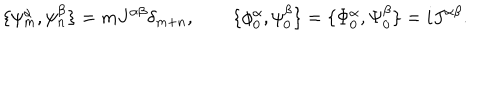
\{ \psi _ { m } ^ { \alpha } , \psi _ { n } ^ { \beta } \} = m J ^ { \alpha \beta } \delta _ { m + n } , \qquad \{ \phi _ { 0 } ^ { \alpha } , \psi _ { 0 } ^ { \beta } \} = \{ \Phi _ { 0 } ^ { \alpha } , \Psi _ { 0 } ^ { \beta } \} = i J ^ { \alpha \beta } .